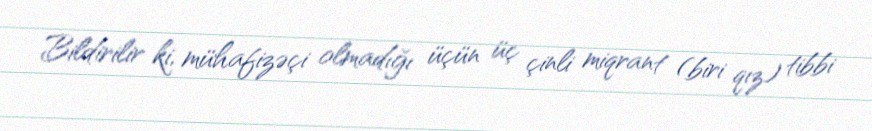
Bildirilir ki, mühafizəçi olmadığı üçün üç çinli miqrant (biri qız) tibbi